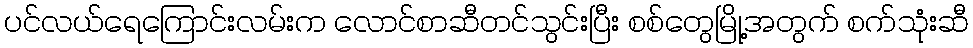
ပင်လယ်ရေကြောင်းလမ်းက လောင်စာဆီတင်သွင်းပြီး စစ်တွေမြို့အတွက် စက်သုံးဆီ